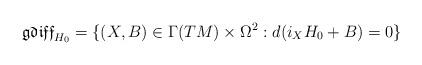
LaTeX: \begin{align*} \mathfrak{gdiff}_{H_0}=\{(X,B)\in \Gamma(TM)\times\Omega^2 : d(i_XH_0+B)=0\}\end{align*}